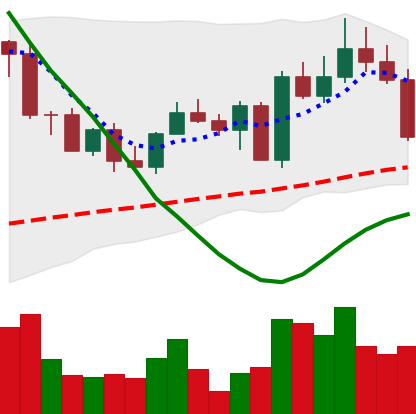
Ticker: EOS-USD
Chart end date: 2022-09-13
Forward return: -13.377%
Label: down_7plus